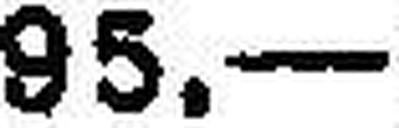
95.—